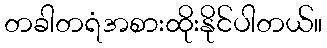
တခါတရံအစားထိုးနိုင်ပါတယ်။